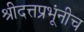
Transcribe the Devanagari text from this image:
श्रीदत्तप्रभूंनीच